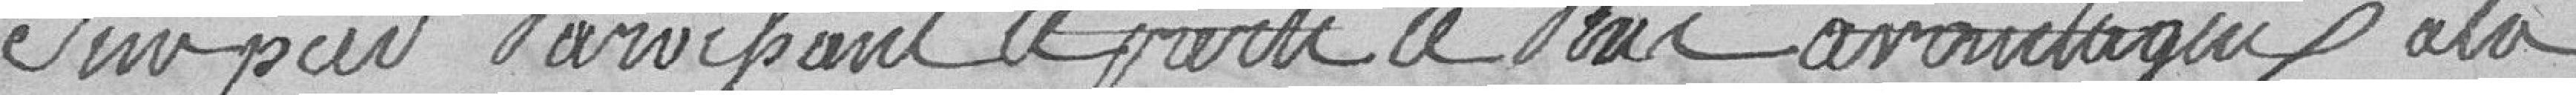
sur pied paroissant le parti le plus avantageux à la